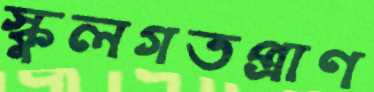
স্কুলগতপ্রাণ